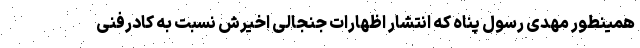
همینطور مهدی رسول پناه که انتشار اظهارات جنجالی اخیرش نسبت به کادرفنی